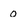
Character: 0